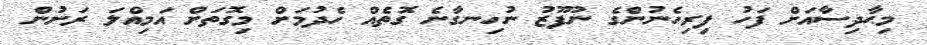
މިޙާދިސާއަށް ފަހު ފިރިހެނުންގެ ނުފޫޒު ނުހިނގާނެ ގޮތެއް ހެދުމަށް މިގޮތަށް އަމިއްލަ ރަށުން